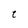
Character: t